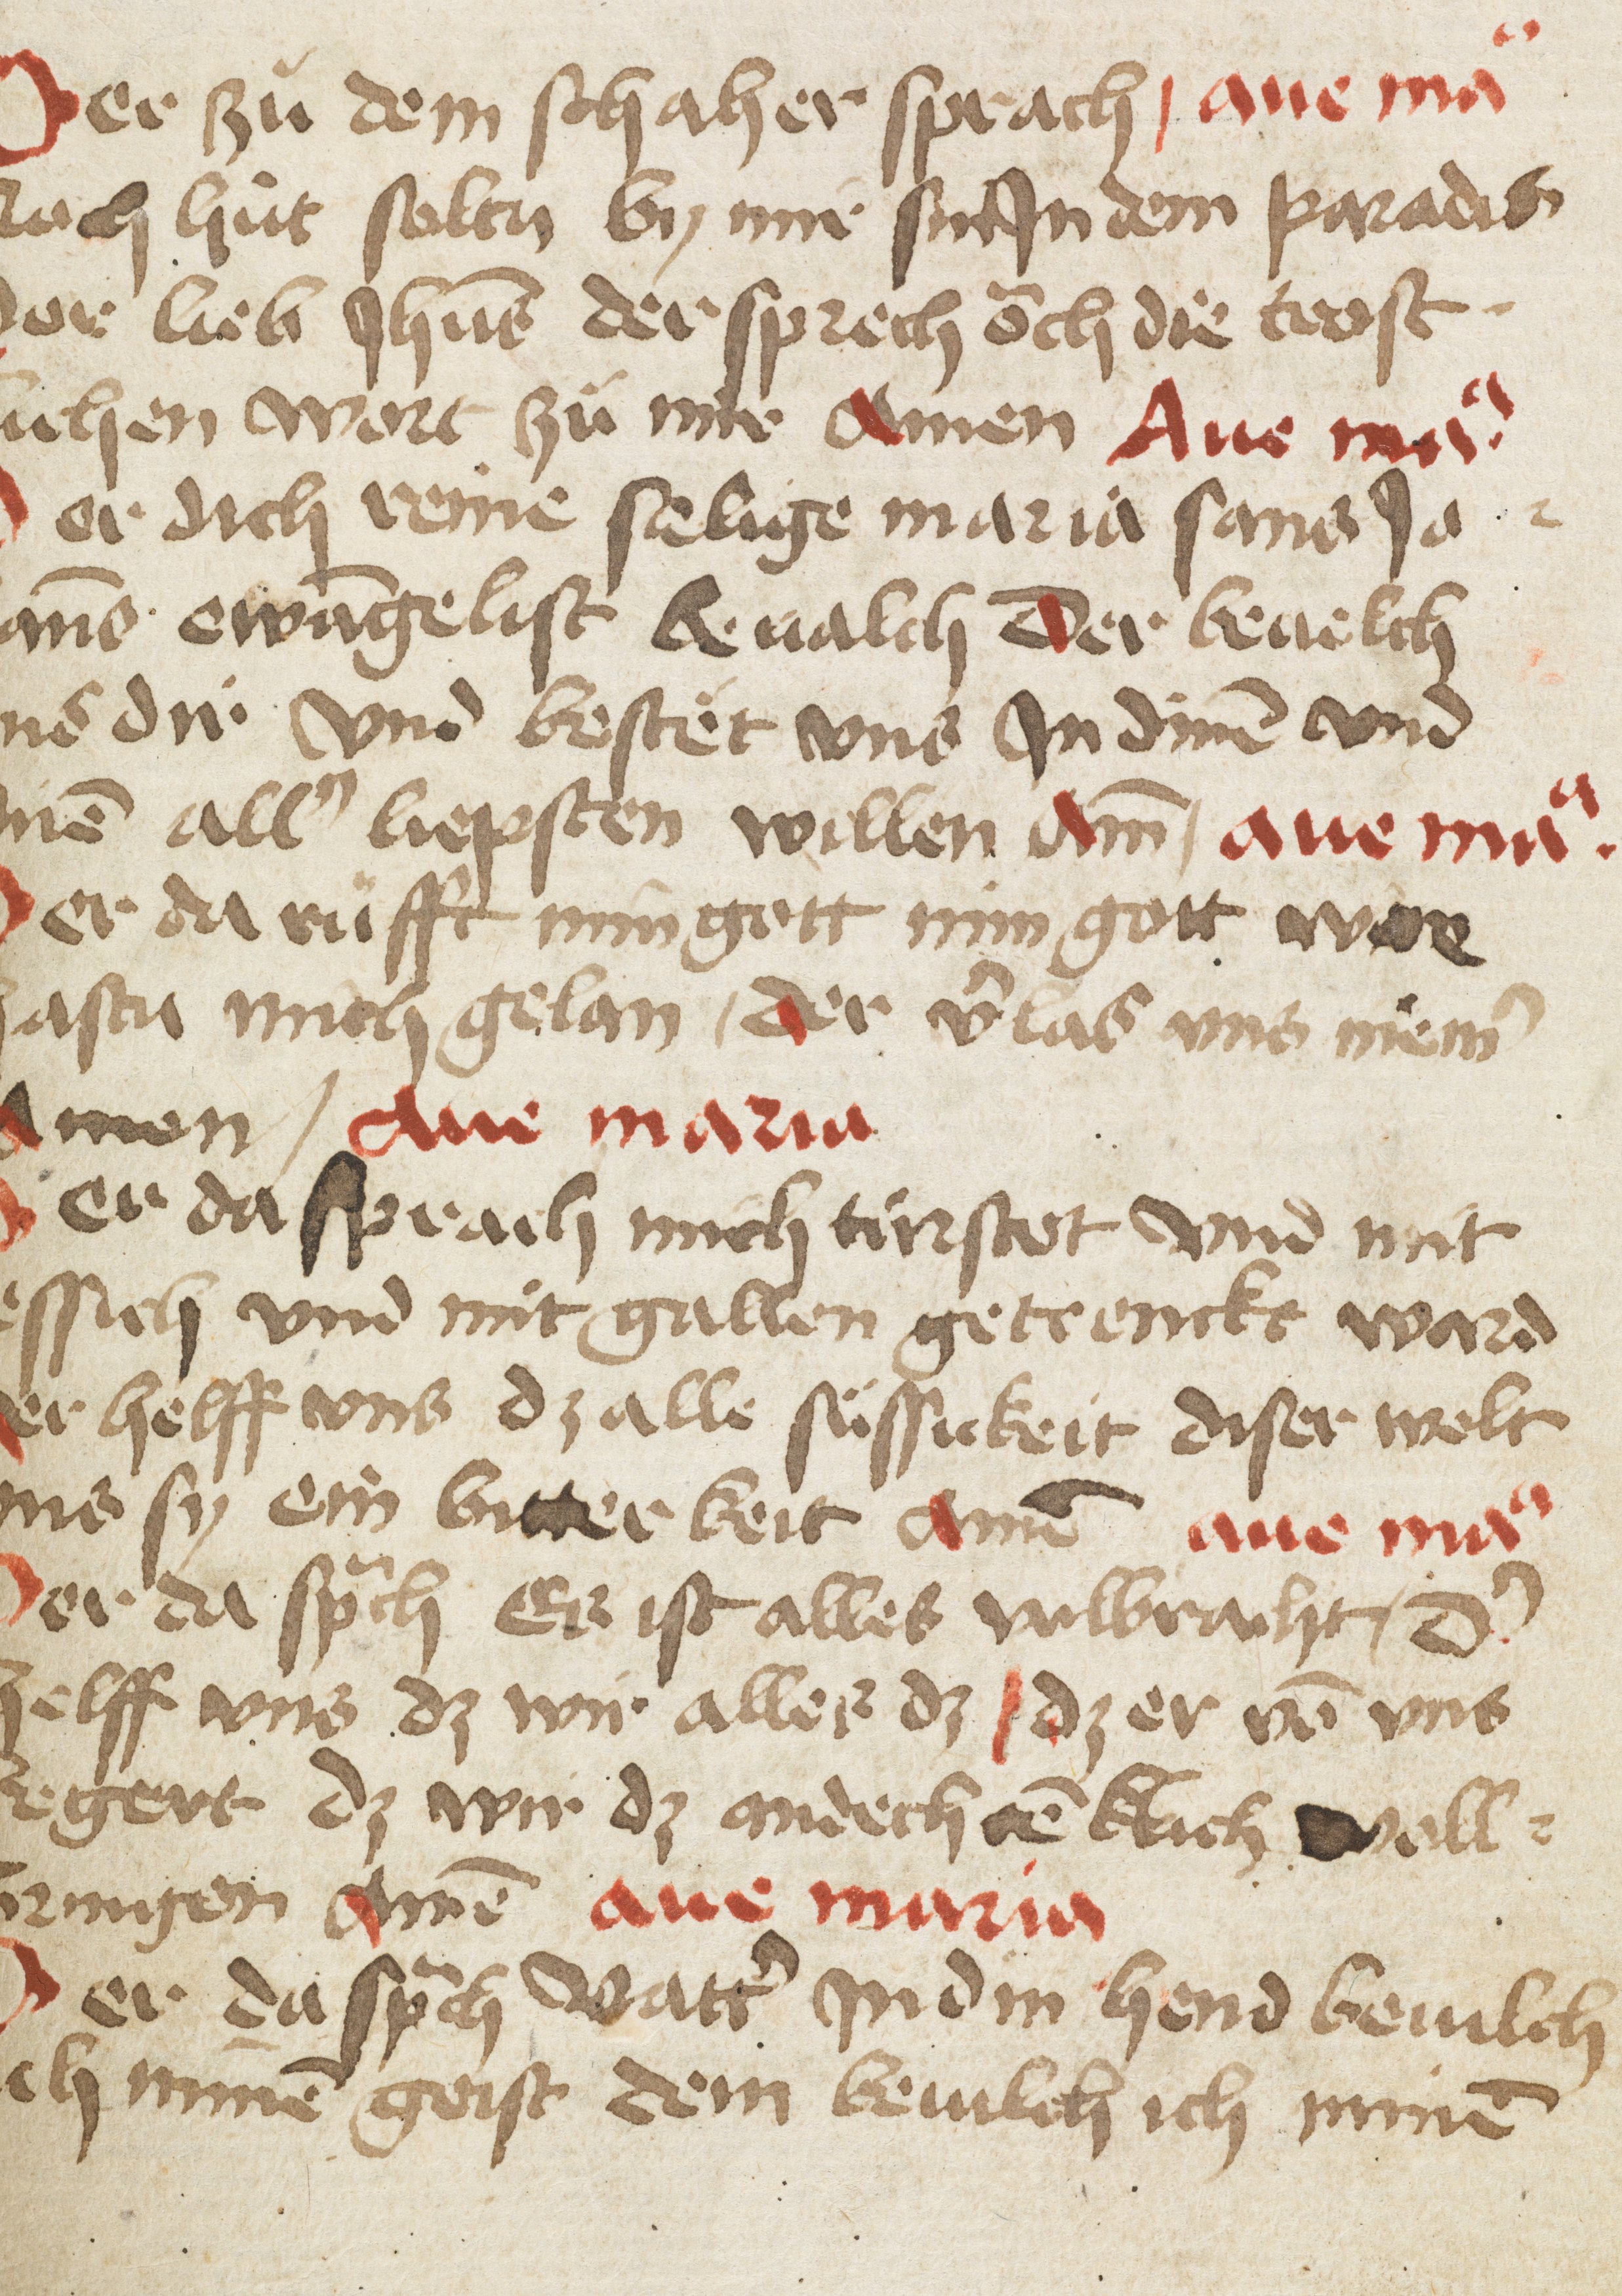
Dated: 1475–1499